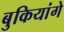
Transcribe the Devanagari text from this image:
बुकियांगे